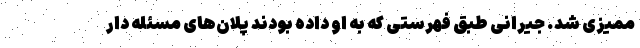
ممیزی شد. جیرانی طبق فهرستی که به او داده بودند پلان‌های مسئله دار